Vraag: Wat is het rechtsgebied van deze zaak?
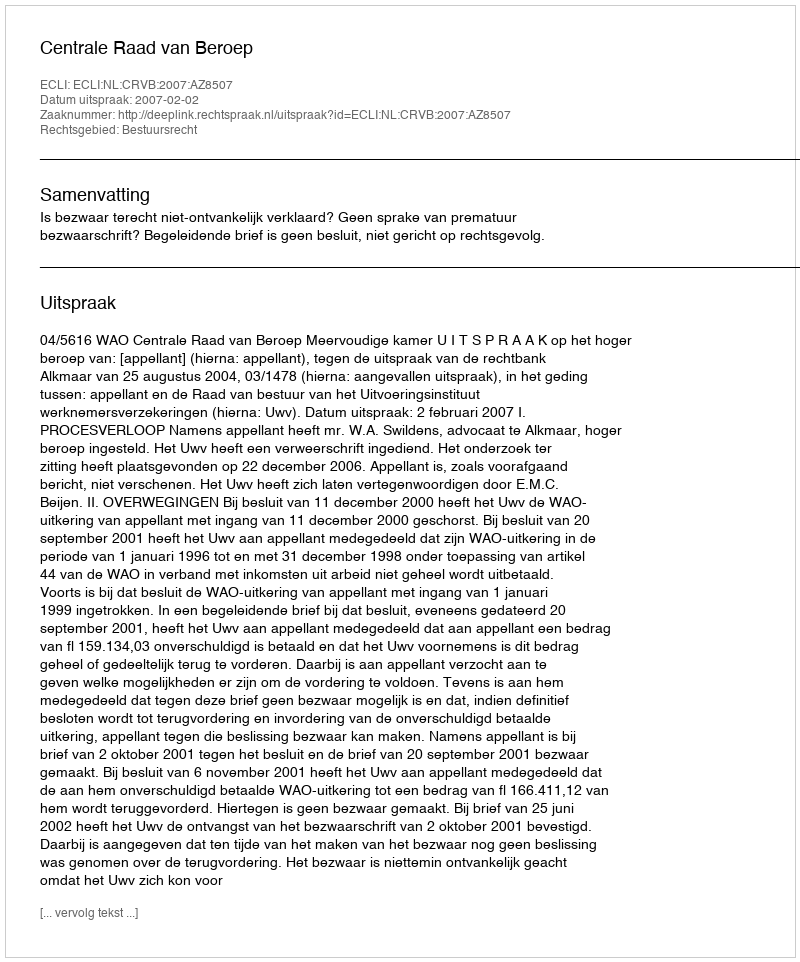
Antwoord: Bestuursrecht